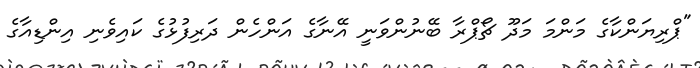
"ޕްރިޔަންކާގެ މަންމަ މަދޫ ޗޯޕްރާ ބޭނުންވަނީ އޭނާގެ އަންހެން ދަރިފުޅުގެ ކައިވެނި އިންޑިއާގެ